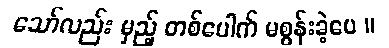
သော်လည်း မှည့် တစ်ပေါက် မစွန်းခဲ့ပေ ။